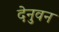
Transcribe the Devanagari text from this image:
देनुवन